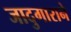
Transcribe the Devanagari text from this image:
जादुगाराने